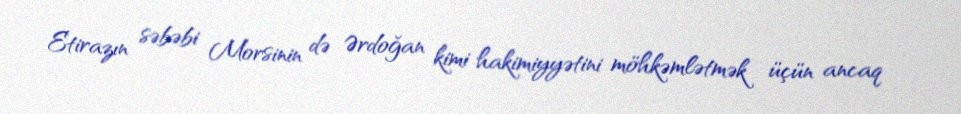
Etirazın səbəbi Morsinin də Ərdoğan kimi hakimiyyətini möhkəmlətmək üçün ancaq